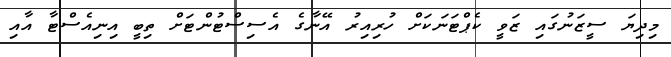
މިދިޔަ ސީޒަނުގައި ޒަވީ ކެޕްޓަނަކަށް ހުރިއިރު އޭނާގެ އެސިސްޓުންޓަށް ތިބީ އިނިއެސްޓާ އާއި